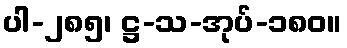
ပါ-၂၈၅၊ ဋ္ဌ-သ-အုပ်-၁၈၀။